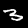
Label: 3